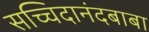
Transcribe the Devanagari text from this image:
सच्चिदानंदबाबा